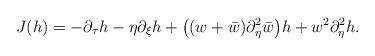
LaTeX: \begin{align*} J(h)=-\partial_\tau h-\eta \partial_\xi h+\big((w+\bar{w})\partial_{\eta }^2 \bar{w}\big)h+w^2\partial_{\eta }^2h.\end{align*}